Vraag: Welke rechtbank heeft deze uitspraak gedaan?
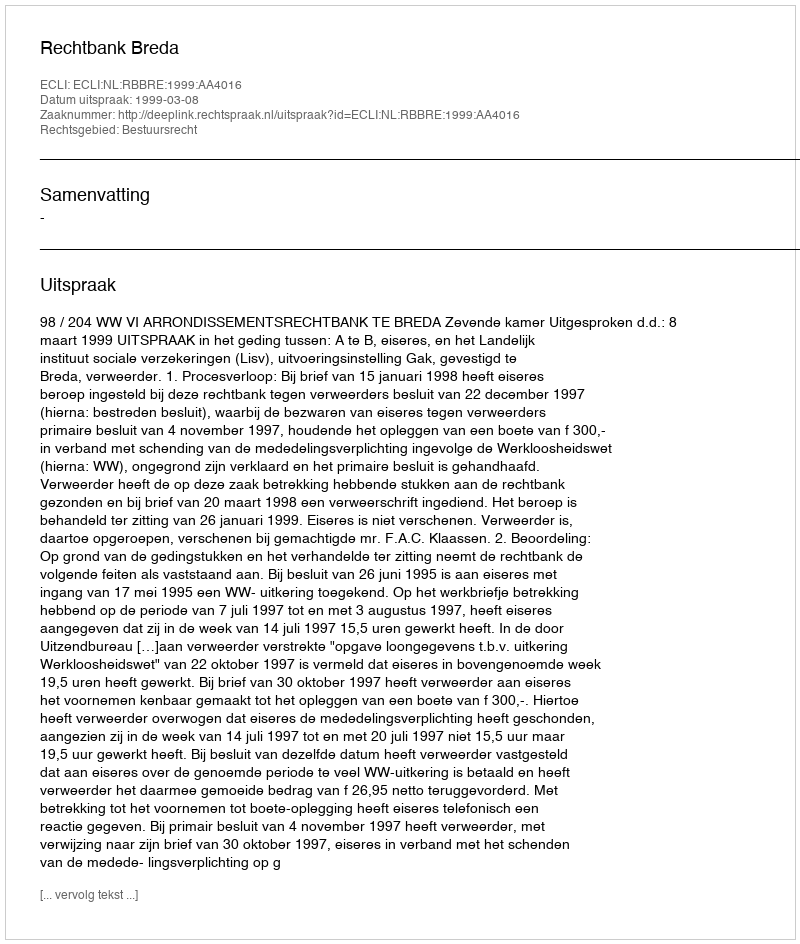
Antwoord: Rechtbank Breda